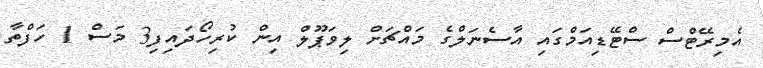
އެމިރޭޓްސް ސްޓޭޑިއަމްގައި އާސެނަލްގެ މައްޗަށް ލިވަޕޫލް އިން ކުރިހޯދައިފި3 މަސް 1 ހަފްތާ